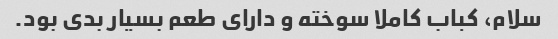
سلام، کباب کاملا سوخته و دارای طعم بسیار بدی بود.